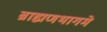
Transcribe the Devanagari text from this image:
ब्राह्मणभागमे